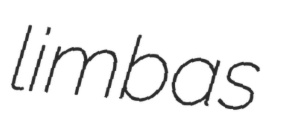
limbas